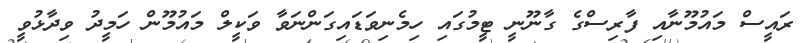
ރައީސް މައުމޫނާއި ފާރިސްގެ ގާނޫނީ ޓީމުގައި ހިމެނިވަޑައިގަންނަވާ ވަކީލް މައުމޫން ހަމީދު ވިދާޅުވީ